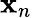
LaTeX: \mathbf{x}_{n}